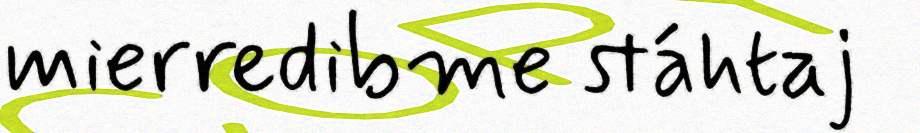
mierredibme stáhtaj